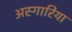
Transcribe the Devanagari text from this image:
अस्गारिया